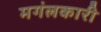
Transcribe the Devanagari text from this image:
मगंलकारी